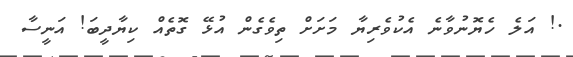
.! އަލެ ހެޔޮނުވާނެ އެކުވެރިޔާ މަށަށް ތިވެގެން އުޅޭ ގޮތެއް ކިޔާދީބަ! އަނީސާ